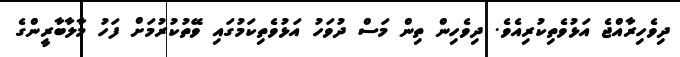
ދިވެހިރާއްޖެ އަޅުވެތިކުރިއެވެ. ދިވެހިން ތިން މަސް ދުވަހު އަޅުވެތިކަމުގައި ވޭތުކުރުމަށް ފަހު މާލާބާރީންގެ